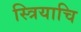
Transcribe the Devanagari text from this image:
स्त्रियाचि